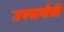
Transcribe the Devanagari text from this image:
उपसर्गाची